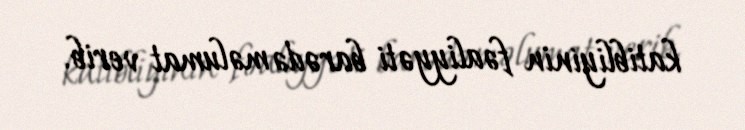
katibliyinin fəaliyyəti barədə məlumat verib.